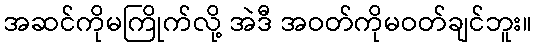
အဆင်ကိုမကြိုက်လို့ အဲဒီ အဝတ်ကိုမဝတ်ချင်ဘူး။